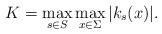
LaTeX: \begin{align*} K=\max_{s\in S}\max_{x\in \Sigma} |k_s(x)|.\end{align*}